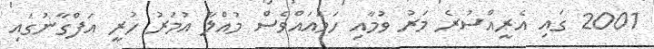
2001 ގައި އެރީއްސުރެ މަރު ވުމާއި ހަމައައްވެސް މުއްލާ އުމަރު ހުރީ އަފްގާނުގައި